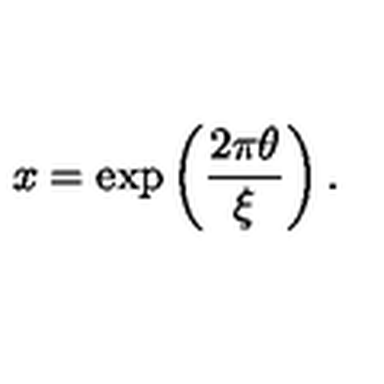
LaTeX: x = \exp \left( \frac { 2 \pi \theta } { \xi } \right) .